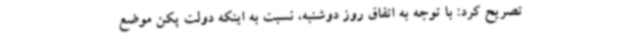
تصریح کرد: با توجه به اتفاق روز دوشنبه، نسبت به اینکه دولت پکن موضع